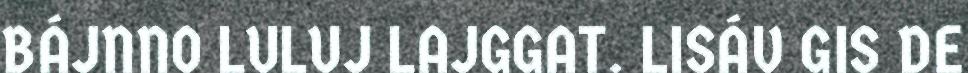
BÁJNNO LULUJ LAJGGAT. LISÁV GIS DE